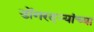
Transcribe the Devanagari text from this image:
डोंगरदऱ्यांच्या